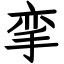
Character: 挛